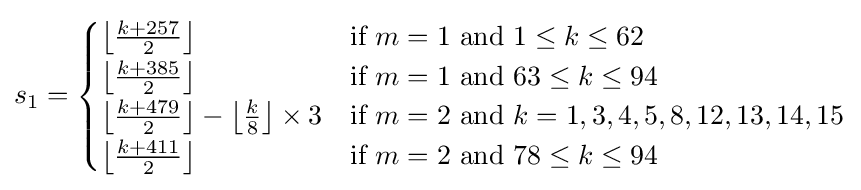
s_{1}={\begin{cases}\left\lfloor {\frac {k+257}{2}}\right\rfloor &{\mbox{if }}m=1{\mbox{ and }}1\leq k\leq 62\\\left\lfloor {\frac {k+385}{2}}\right\rfloor &{\mbox{if }}m=1{\mbox{ and }}63\leq k\leq 94\\\left\lfloor {\frac {k+479}{2}}\right\rfloor -\left\lfloor {\frac {k}{8}}\right\rfloor \times 3&{\mbox{if }}m=2{\mbox{ and }}k=1,3,4,5,8,12,13,14,15\\\left\lfloor {\frac {k+411}{2}}\right\rfloor &{\mbox{if }}m=2{\mbox{ and }}78\leq k\leq 94\end{cases}}